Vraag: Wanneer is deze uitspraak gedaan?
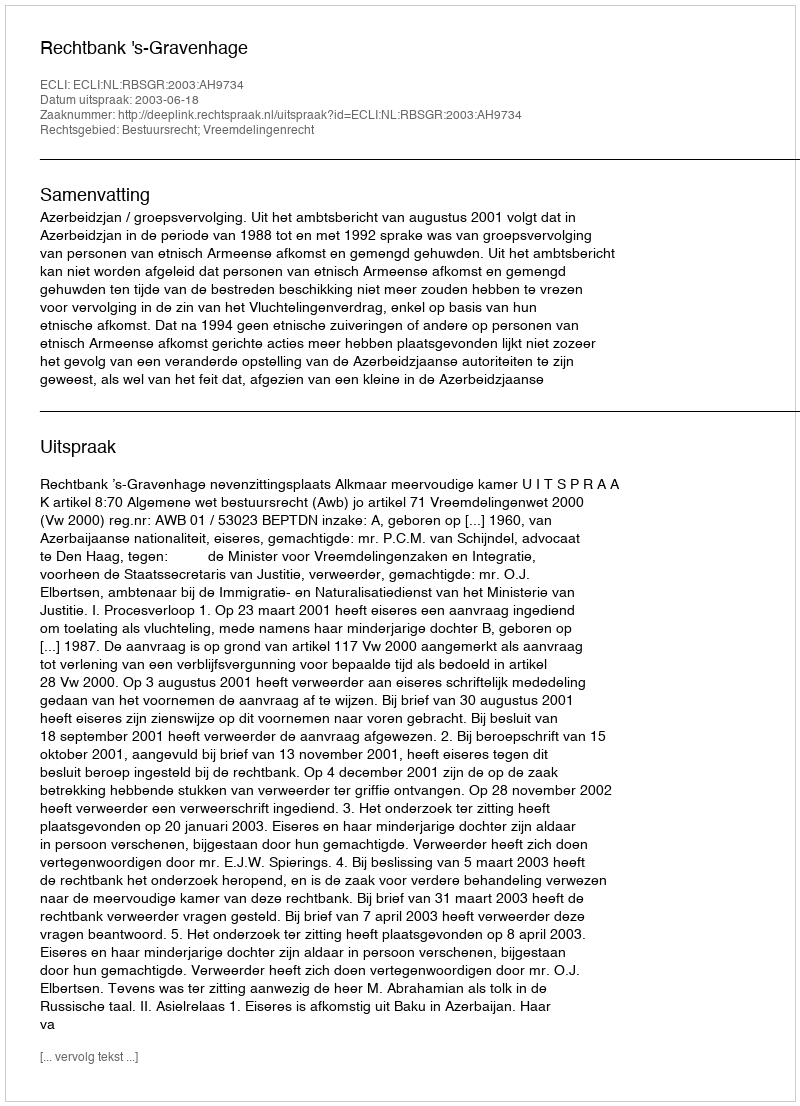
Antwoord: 2003-06-18